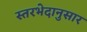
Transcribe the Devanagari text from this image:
स्तरभेदानुसार